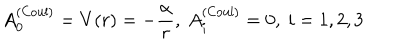
A _ { 0 } ^ { ( \mathrm { C o u l } ) } = V ( r ) = - \frac \alpha r , \ A _ { i } ^ { ( \mathrm { C o u l } ) } = 0 , \ i = 1 , 2 , 3